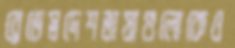
ব্রেডেস্বদেশভাষাগুলোকেও